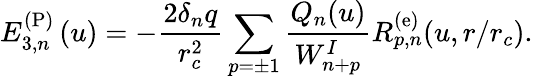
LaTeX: E_{3,n}^{\mathrm{(P)}}\left(u\right)=-\frac{2\delta_{n}q}{r_{c}^{2}}\sum_{p=\pm 1}\frac{Q_{n}(u)}{W_{n+p}^{I}}R_{p,n}^{\mathrm{(e)}}(u,r/r_{c}).